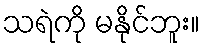
သရဲကို မနိုင်ဘူး။